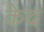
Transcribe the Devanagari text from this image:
केद